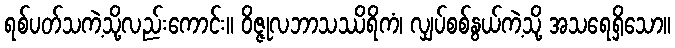
ရစ်ပတ်သကဲ့သို့လည်းကောင်း။ ဝိဇ္ဇုလဘာသဿိရိကံ၊ လျှပ်စစ်နွယ်ကဲ့သို့ အသရေရှိသော။